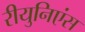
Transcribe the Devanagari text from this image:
रीयुनिएंस